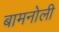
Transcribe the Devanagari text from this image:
बामनोली